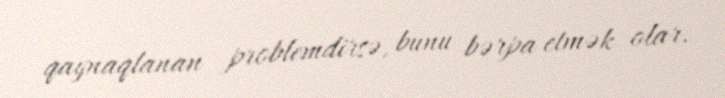
qaynaqlanan problemdirsə, bunu bərpa etmək olar.